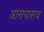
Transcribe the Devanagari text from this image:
आसपासच